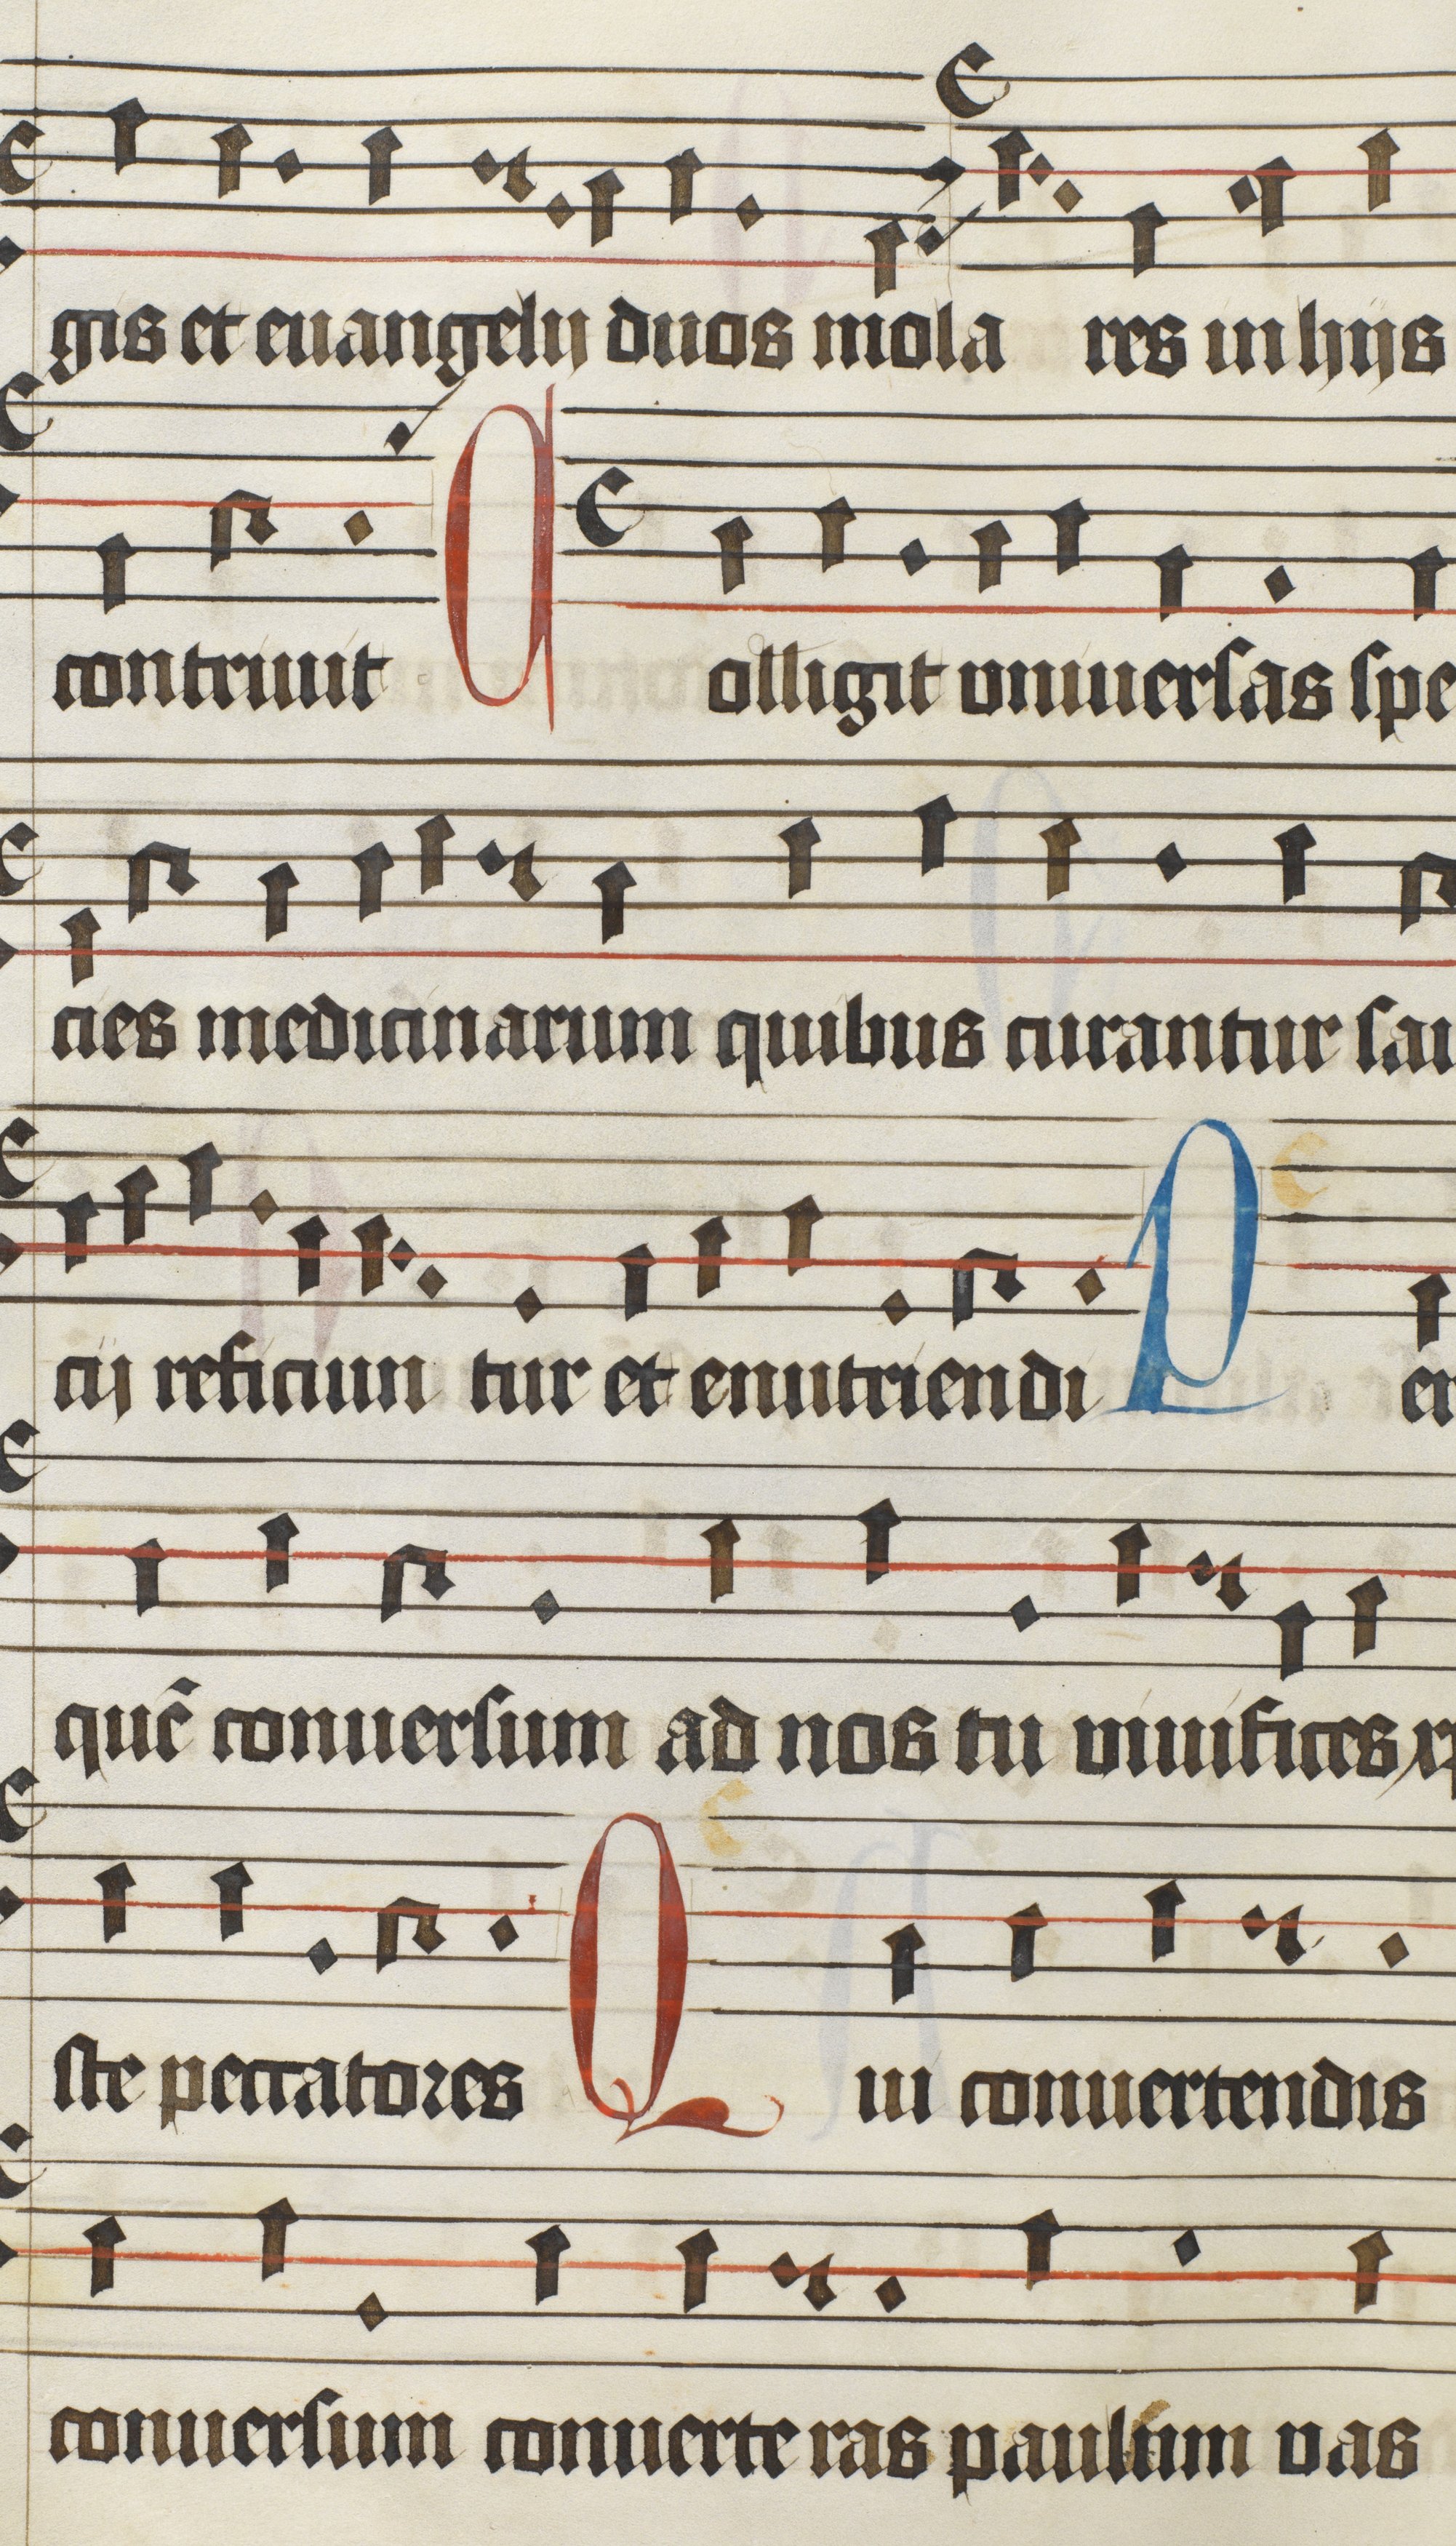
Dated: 1475–1499